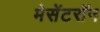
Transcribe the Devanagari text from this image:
मेसेंटरॉन